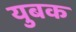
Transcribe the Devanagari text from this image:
युबक